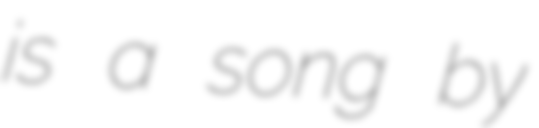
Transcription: is a song by